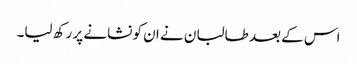
اس کے بعد طالبان نے ان کو نشانے پر رکھ لیا۔